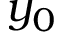
y _ { 0 }